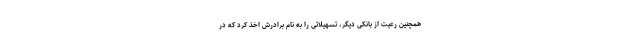
همچنین رعیت از بانکی دیگر، تسهیلاتی را به نام برادرش اخذ کرد که در